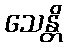
သေန္တိ